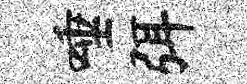
唾弭